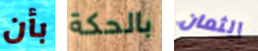
بأن بالحكة الثمان